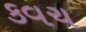
કવચ